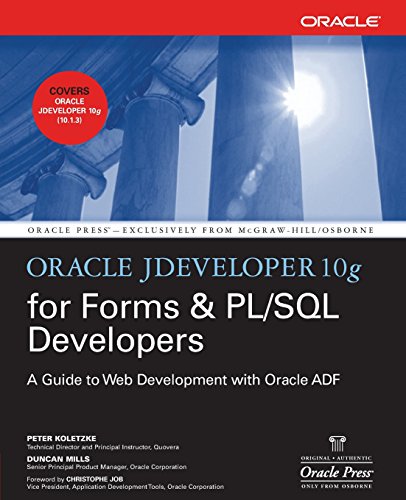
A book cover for Oracle JDeveloper 10g for Forms & PL/SQL Developers: A Guide to Web Development with Oracle ADF (Oracle Press); Peter Koletzke; Computers & Technology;